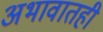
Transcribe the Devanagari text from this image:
अभावातही